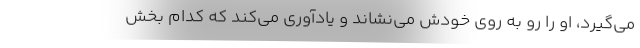
می‌گیرد، او را رو به روی خودش می‌نشاند و یادآوری می‌کند که کدام بخش